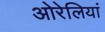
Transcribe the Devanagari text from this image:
ओरेलियां